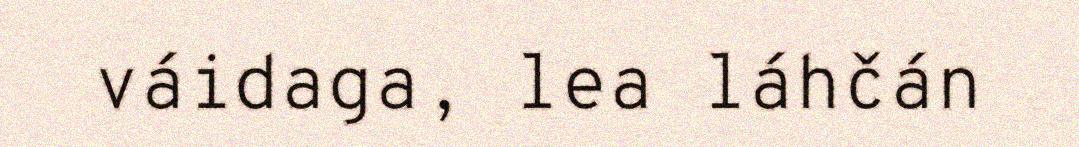
váidaga, lea láhčán